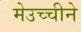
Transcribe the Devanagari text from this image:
मेउच्चीने